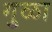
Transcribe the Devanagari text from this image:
गुळा